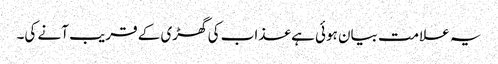
یہ علامت بیان ہوئی ہے عذاب کی گھڑی کے قریب آنے کی۔